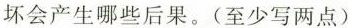
坏会产生哪些后果。(至少写两点)